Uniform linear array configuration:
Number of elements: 16
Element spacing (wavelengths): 0.25
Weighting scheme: uniform
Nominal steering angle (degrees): -60
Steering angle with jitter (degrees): -60.412
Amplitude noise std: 0.05
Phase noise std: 0.05

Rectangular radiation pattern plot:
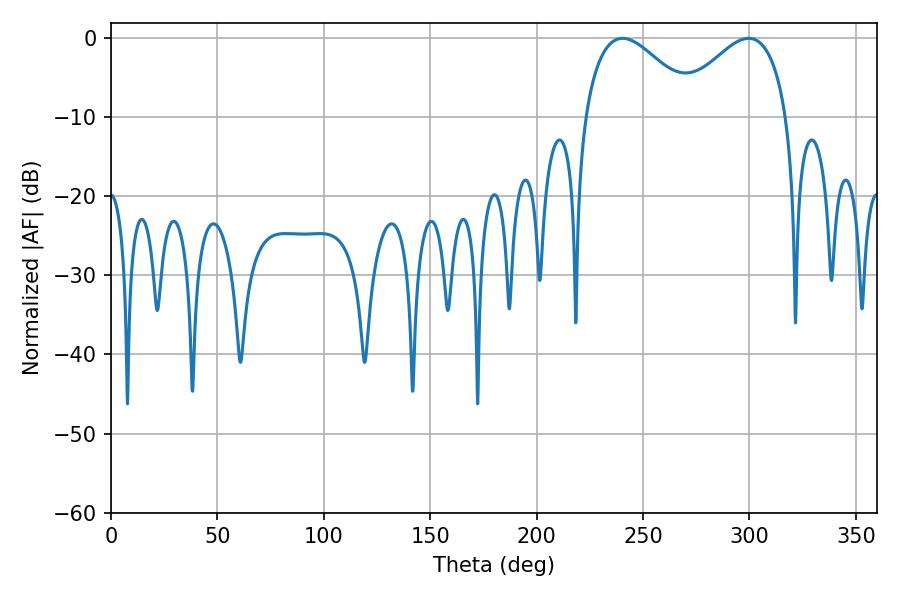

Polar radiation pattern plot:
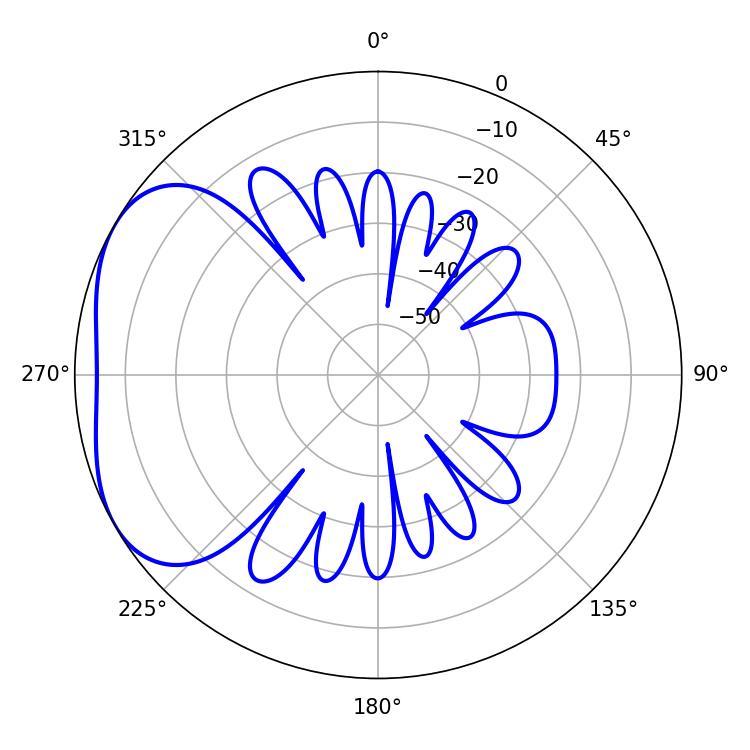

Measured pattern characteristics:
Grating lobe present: FALSE
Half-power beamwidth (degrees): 28.8
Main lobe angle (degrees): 299.7